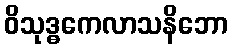
ဝိသုဒ္ဓကေလာသနိဘော